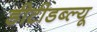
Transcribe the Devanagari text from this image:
डीटीडब्ल्यू